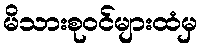
မိသားစုဝင်များထံမှ